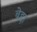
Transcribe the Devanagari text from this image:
बेद्दा